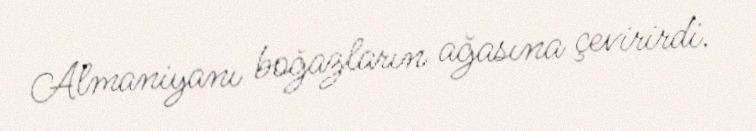
Almaniyanı boğazların ağasına çevirirdi.